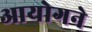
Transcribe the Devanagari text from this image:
आयोगने